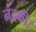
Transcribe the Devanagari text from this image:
नंदकी।